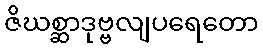
ဇိဃစ္ဆာဒုဗ္ဗလျပရေတော